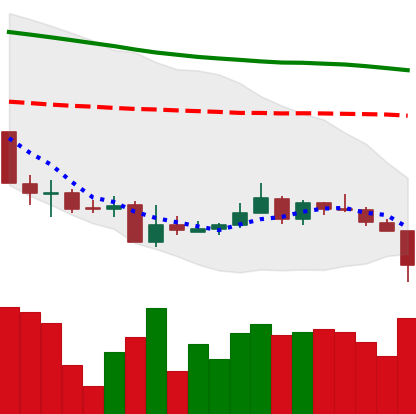
Ticker: XMR-USD
Chart end date: 2018-06-10
Forward return: -11.995%
Label: down_7plus